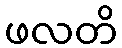
ဖလတိ